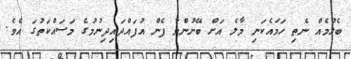
ބެލުމެއް ނެތި ހަމައެކަނި މާލެ އަށް ބޭނުންވާ ފެން އުފައްދައިދިނުމުގެ މަސައްކަތުގަ އެވެ.